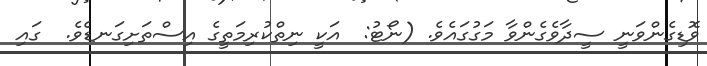
ވޮޑިގެންވަނީ ސީދާވެގެންވާ މަގުގައެވެ. (ނޯޓު:  އަކީ ނިތްކުރިމަތީގެ އިސްތަށިގަނޑެވެ.  ގައި